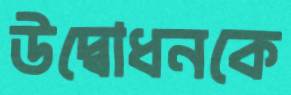
উদ্বোধনকে